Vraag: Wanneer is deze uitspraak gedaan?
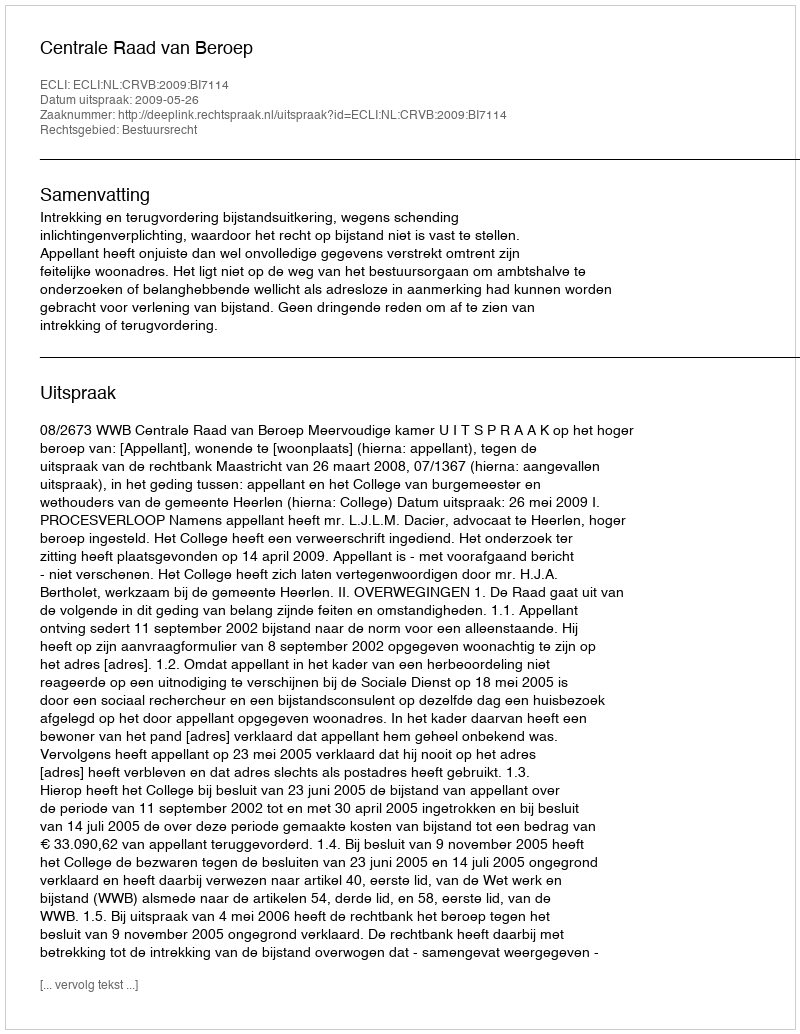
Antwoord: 2009-05-26